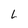
Character: L